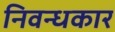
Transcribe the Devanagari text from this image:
निवन्धकार